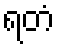
ရတံ